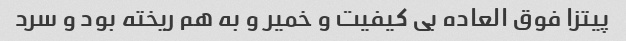
پیتزا فوق العاده بی کیفیت و خمیر و به هم ریخته بود و سرد